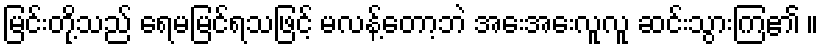
မြင်းတို့သည် ရေမမြင်ရသဖြင့် မလန့်တော့ဘဲ အေးအေးလူလူ ဆင်းသွားကြ၏ ။